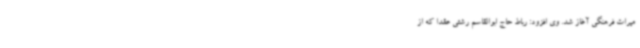
میراث فرهنگی آغاز شد. وی افزود: رباط حاج ابوالقاسم رشتی عقدا که از